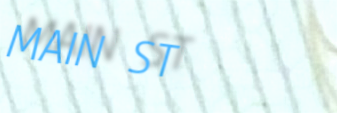
MAIN ST